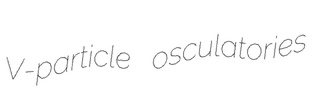
V-particle osculatories